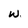
Character: w